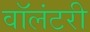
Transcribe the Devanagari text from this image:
वाॅलंटरी